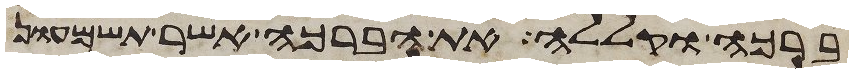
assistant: ברכה וקללה את הברכה אשר תשמעון